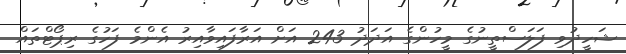
ޝަހީދުވި ފަލަސްތީނުގެ މީހުންގެ އަދަދު 243 އަށް އަރާފައިވާއިރު އެންމެ ފަހުގެ ރިޕޯޓްތައް